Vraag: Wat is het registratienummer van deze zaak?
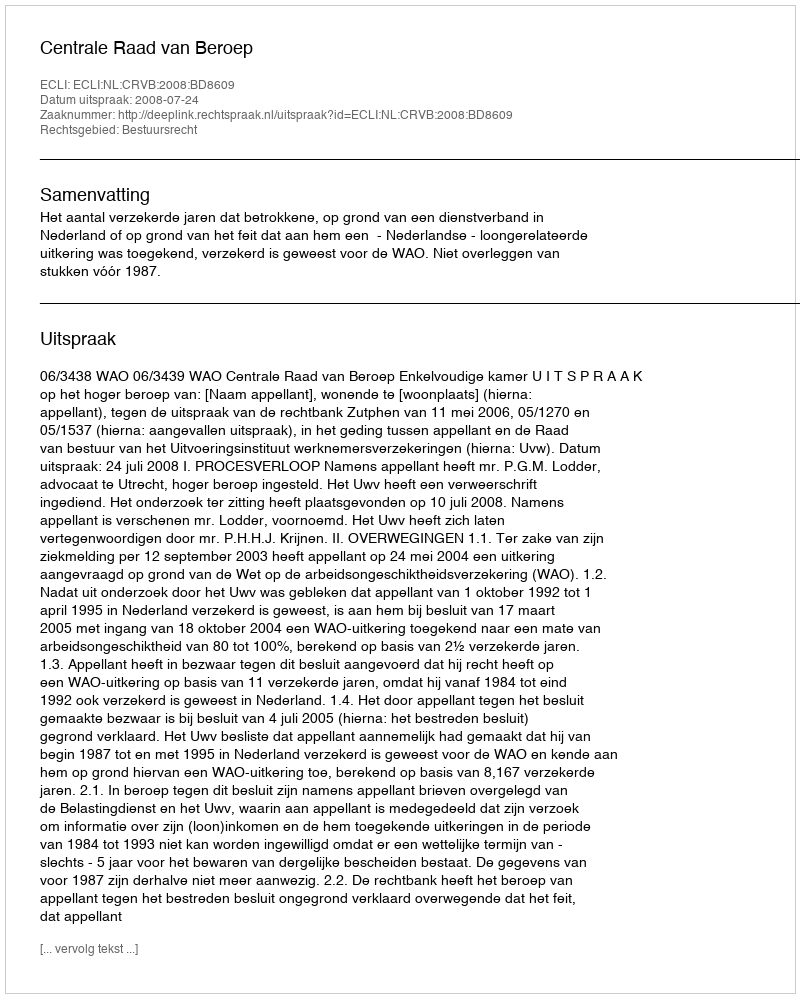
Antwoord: http://deeplink.rechtspraak.nl/uitspraak?id=ECLI:NL:CRVB:2008:BD8609